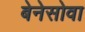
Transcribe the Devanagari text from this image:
बेनेसोवा